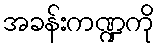
အခန်းကဏ္ဍကို